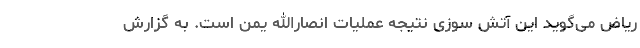
ریاض می‌گوید این آتش سوزی نتیجه عملیات انصارالله یمن است. به گزارش